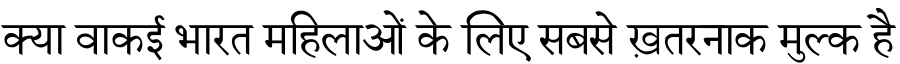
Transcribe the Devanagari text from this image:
क्या वाकई भारत महिलाओं के लिए सबसे ख़तरनाक मुल्क है